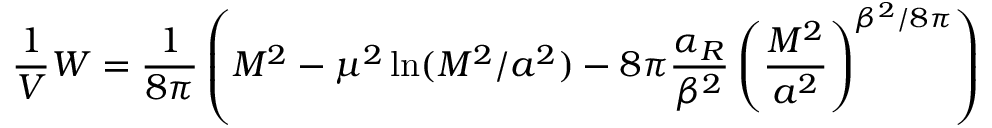
\frac { 1 } { V } W = \frac { 1 } { 8 \pi } \left( M ^ { 2 } - \mu ^ { 2 } \ln ( M ^ { 2 } / a ^ { 2 } ) - 8 \pi \frac { \alpha _ { R } } { \beta ^ { 2 } } \left( \frac { M ^ { 2 } } { a ^ { 2 } } \right) ^ { \beta ^ { 2 } / 8 \pi } \right)